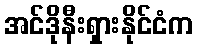
အင်ဒိုနီးရှားနိုင်ငံက